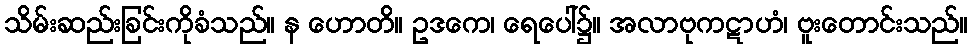
သိမ်းဆည်းခြင်းကိုခံသည်။ န ဟောတိ။ ဥဒကေ၊ ရေပေါ်၌။ အလာဗုကဋာဟံ၊ ဗူးတောင်းသည်။